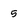
Character: 5